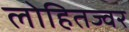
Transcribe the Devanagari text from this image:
लोहितज्वर